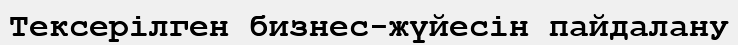
Тексерілген бизнес-жүйесін пайдалану